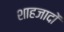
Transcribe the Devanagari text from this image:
शाहजादों